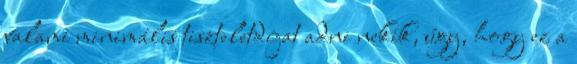
valami minimális tiszteletdíjat adni nekik, úgy, hogy ez a